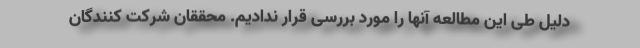
دلیل طی این مطالعه آنها را مورد بررسی قرار ندادیم. محققان شرکت کنندگان